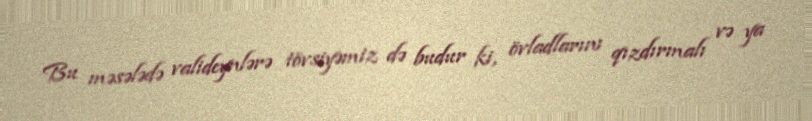
Bu məsələdə valideynlərə tövsiyəmiz də budur ki, övladlarını qızdırmalı və ya